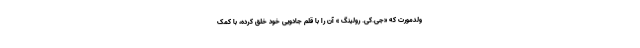
ولدمورت که «جی.کی. رولینگ » آن را با قلم جادویی خود خلق کرده، با کمک